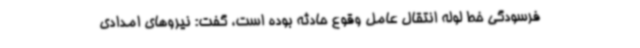
فرسودگی خط لوله انتقال عامل وقوع حادثه بوده است، گفت: نیروهای امدادی